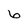
Character: 6